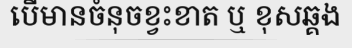
បើមានចំនុចខ្វះខាត ឬ ខុសឆ្គង